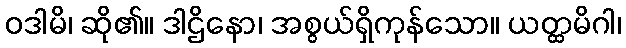
ဝဒါမိ၊ ဆို၏။ ဒါဌိနော၊ အစွယ်ရှိကုန်သော။ ယတ္ထမိဂါ၊